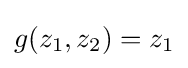
g(z_{1},z_{2})=z_{1}